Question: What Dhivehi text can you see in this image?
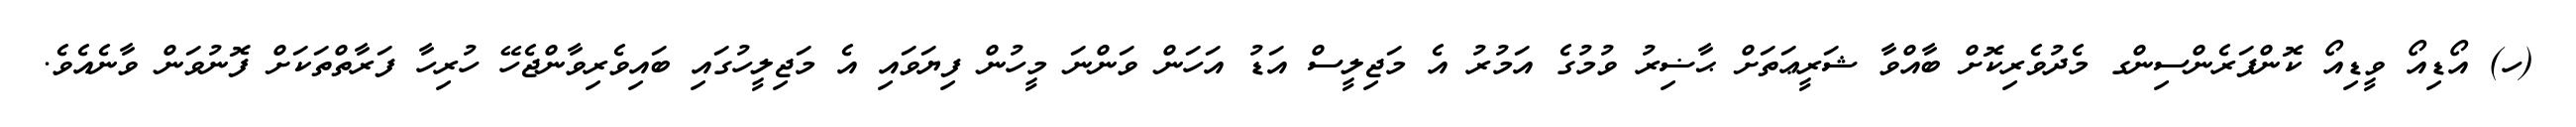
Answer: (ހ) އޯޑިއޯ ވީޑިއޯ ކޮންފަރެންސިންގ މެދުވެރިކޮށް ބާއްވާ ޝަރީޢަތަށް ޙާޟިރު ވުމުގެ އަމުރު އެ މަޖިލީސް އަޑު އަހަން ވަންނަ މީހުން ފިޔަވައި އެ މަޖިލީހުގައި ބައިވެރިވާންޖެހޭ ހުރިހާ ފަރާތްތަކަށް ފޮނުވަން ވާނެއެވެ.